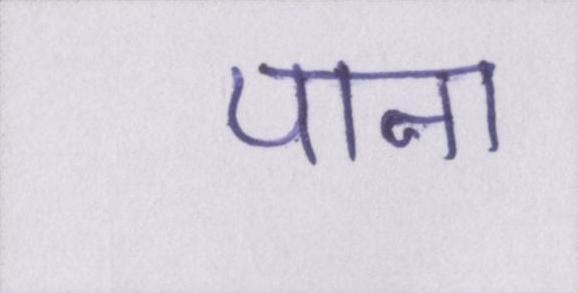
पाना